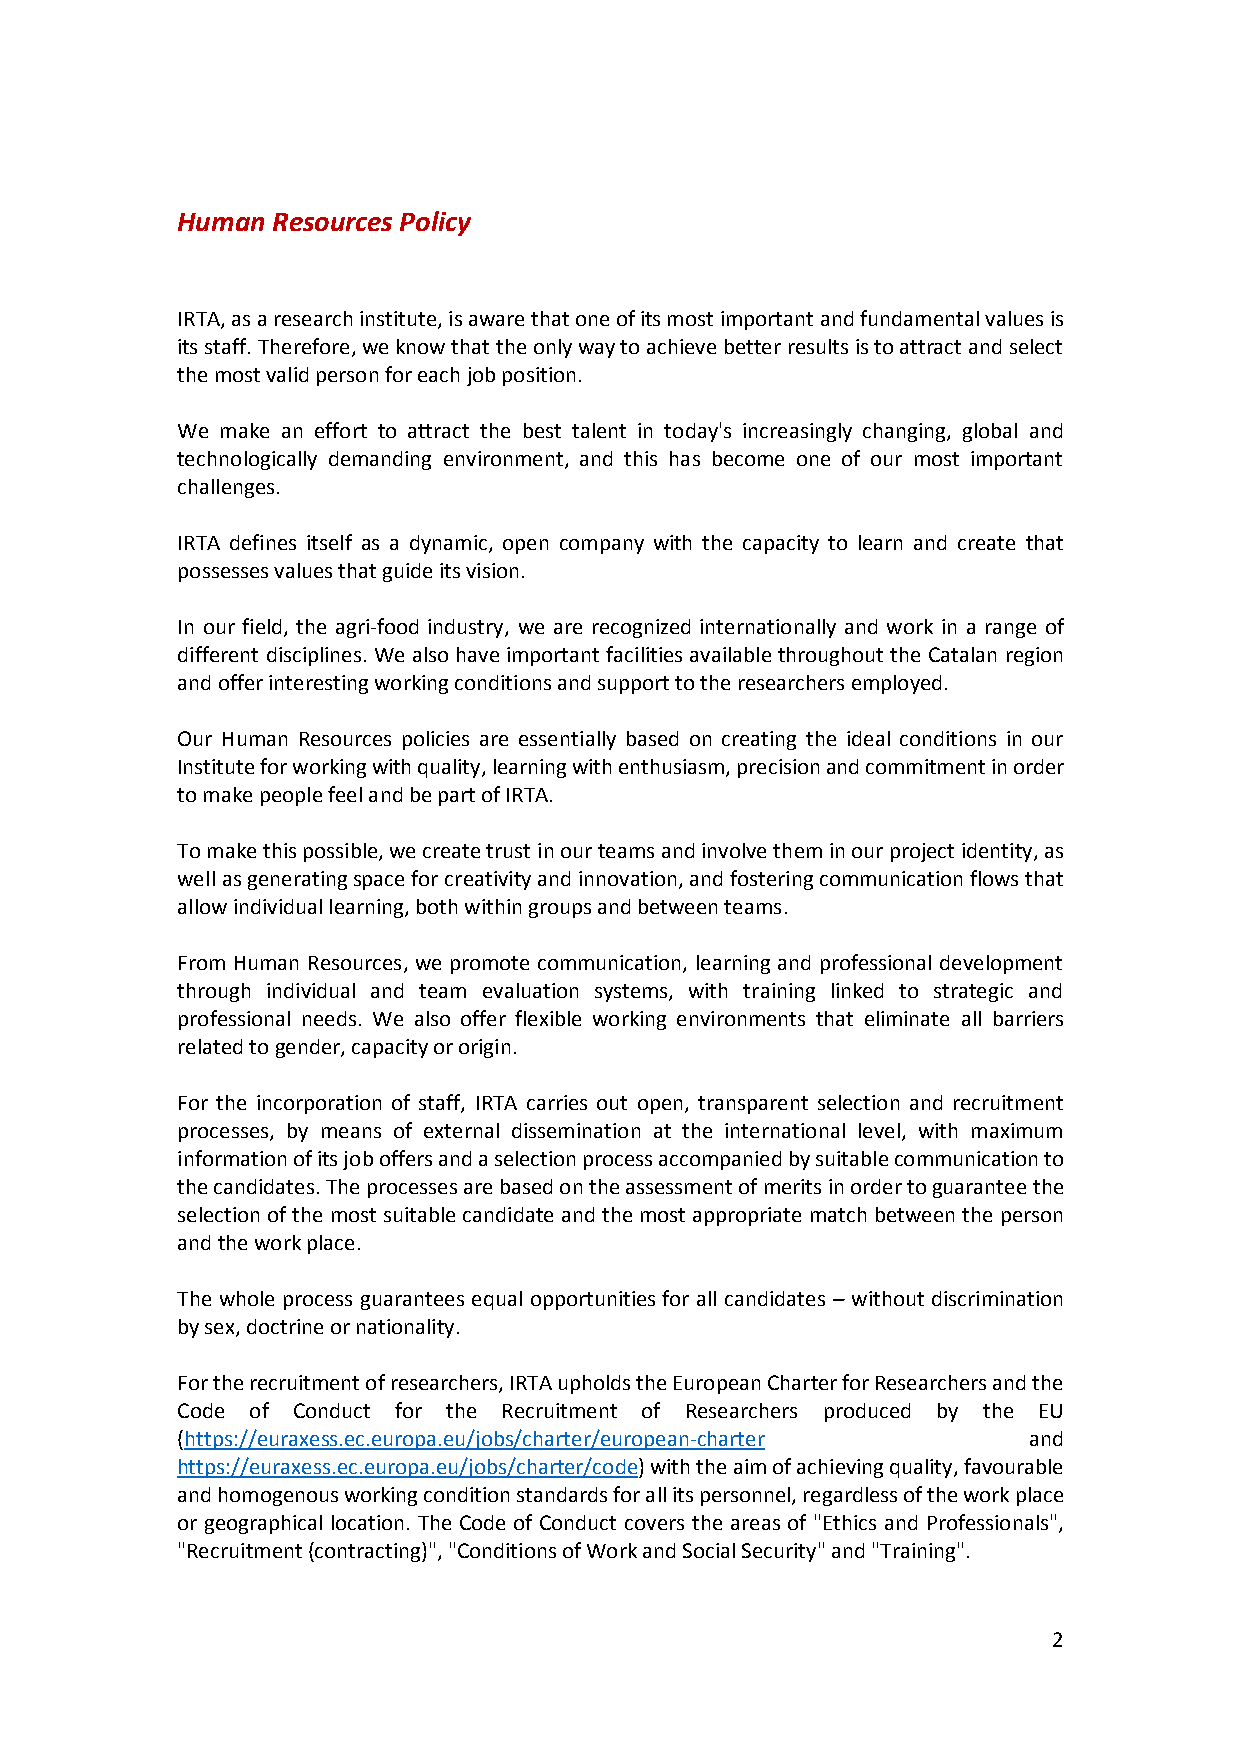
Human Resources Policy
 IRTA, as a research institute, is aware that one of its most important and fundamental values is
 its staff. Therefore, we know that the only way to achieve better results is to attract and select
 the most valid person for each job position.
 We make an effort to attract the best talent in today's increasingly changing, global and
 technologically demanding environment, and this has become one of our most important
 challenges.
 IRTA defines itself as a dynamic, open company with the capacity to learn and create that
 possesses values that guide its vision.
 In our field, the agri-food industry, we are recognized internationally and work in a range of
 different disciplines. We also have important facilities available throughout the Catalan region
 and offer interesting working conditions and support to the researchers employed.
 Our Human Resources policies are essentially based on creating the ideal conditions in our
 Institute for working with quality, learning with enthusiasm, precision and commitment in order
 to make people feel and be part of IRTA.
 To make this possible, we create trust in our teams and involve them in our project identity, as
 well as generating space for creativity and innovation, and fostering communication flows that
 allow individual learning, both within groups and between teams.
 From Human Resources, we promote communication, learning and professional development
 through individual and team evaluation systems, with training linked to strategic and
 professional needs. We also offer flexible working environments that eliminate all barriers
 related to gender, capacity or origin.
 For the incorporation of staff, IRTA carries out open, transparent selection and recruitment
 processes, by means of external dissemination at the international level, with maximum
 information of its job offers and a selection process accompanied by suitable communication to
 the candidates. The processes are based on the assessment of merits in order to guarantee the
 selection of the most suitable candidate and the most appropriate match between the person
 and the work place.
 The whole process guarantees equal opportunities for all candidates – without discrimination
 by sex, doctrine or nationality.
 For the recruitment of researchers, IRTA upholds the European Charter for Researchers and the
 Code of Conduct for the Recruitment of Researchers produced by the EU
 (https://euraxess.ec.europa.eu/jobs/charter/european-charter and
 https://euraxess.ec.europa.eu/jobs/charter/code) with the aim of achieving quality, favourable
 and homogenous working condition standards for all its personnel, regardless of the work place
 or geographical location. The Code of Conduct covers the areas of "Ethics and Professionals",
 "Recruitment (contracting)", "Conditions of Work and Social Security" and "Training".
 2